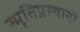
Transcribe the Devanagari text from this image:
स्मृतिप्रस्थानों